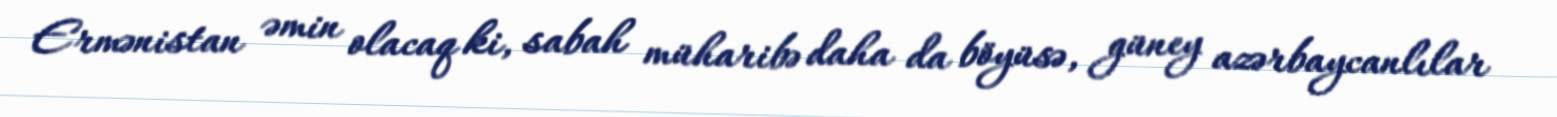
Ermənistan əmin olacaq ki, sabah müharibə daha da böyüsə, güney azərbaycanlılar